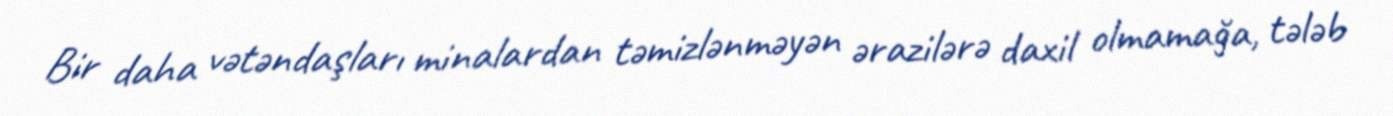
Bir daha vətəndaşları minalardan təmizlənməyən ərazilərə daxil olmamağa, tələb